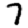
Digit: 7